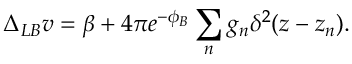
\Delta _ { L B } v = \beta + 4 \pi e ^ { - \phi _ { B } } \sum _ { n } g _ { n } \delta ^ { 2 } ( z - z _ { n } ) .